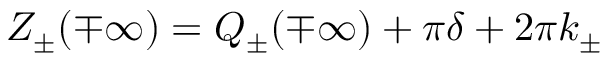
Z _ { \pm } ( \mp \infty ) = { \cal Q } _ { \pm } ( \mp \infty ) + \pi \delta + 2 \pi k _ { \pm }